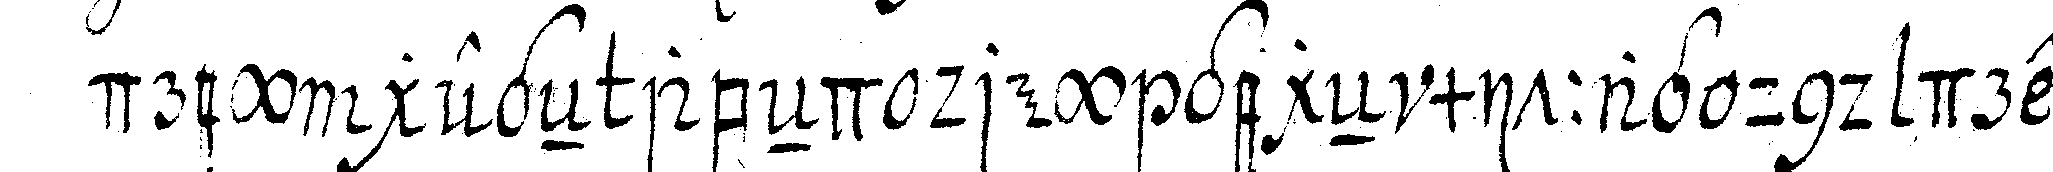
drey gegeN abeNd drey gegeN mittag und drey